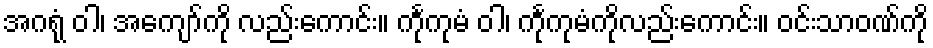
အဂရုံ ဝါ၊ အကျော်ကို လည်းကောင်း။ င်္ကုကုမံ ဝါ၊ င်္ကုကုမံကိုလည်းကောင်း။ ဝင်းသာဝဏ်ကို